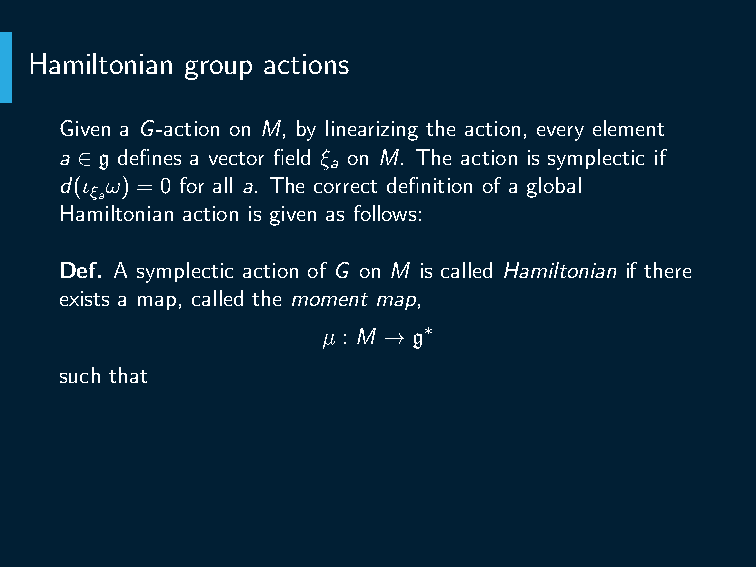
For any a ∈ g, the function H (x) = ⟨µ(x),a⟩ is the
 a
 Hamiltonian for the vector field ξ .
 a
 For any a,b ∈ g, {H ,H } = H
 a b   [a,b]
 µ is G-equivariant.
 Ex. Show that the last condition is automatic if G is connected.
 Hamiltonian group actions
 Given a G-action on M, by linearizing the action, every element
 a ∈ g defines a vector field ξ on M. The action is symplectic if
 a
 d(ι ω) = 0 for all a. The correct definition of a global
 ξa
 Hamiltonian action is given as follows:
 Def. A symplectic action of G on M is called Hamiltonian if there
 exists a map, called the moment map,
 µ : M → g∗
 such that